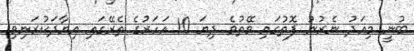
ބުނީ މިއަދު ނެރުނު ފޮތުގައި ވޭތުވެ ދިޔަ 10 އަހަރުގެ ތެރޭގައި އިޔާދަކުރަނިވި